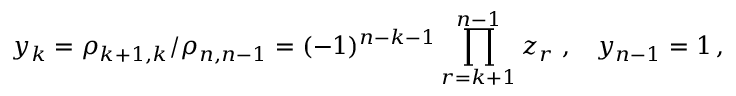
y _ { k } = \rho _ { k + 1 , k } / \rho _ { n , n - 1 } = ( - 1 ) ^ { n - k - 1 } \prod _ { r = k + 1 } ^ { n - 1 } z _ { r } \, \, , \, \, \, \, \, y _ { n - 1 } = 1 \, , \, \,